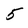
Character: 5